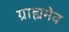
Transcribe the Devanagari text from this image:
ग्राह्यमेव